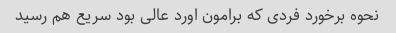
نحوه برخورد فردی که برامون اورد عالی بود سریع هم رسید